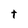
Character: t